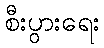
စီးပွားရေး